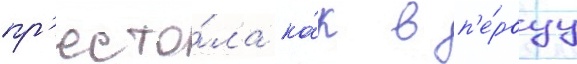
пр'есто́ла ка́к в п'е́рвуу